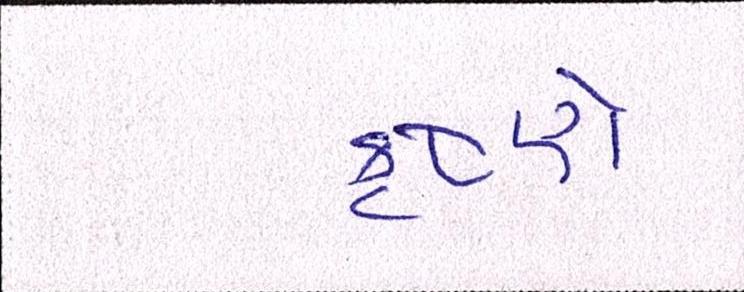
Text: કૃષ્ણે